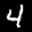
Label: 4